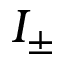
I _ { \pm }